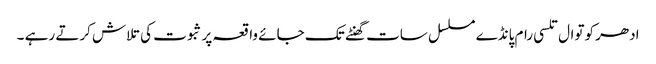
ادھر کوتوال تلسی رام پانڈے مسلسل سات گھنٹے تک جائے واقعہ پر ثبوت کی تلاش کرتے رہے ۔